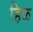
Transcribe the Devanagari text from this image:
हिळ